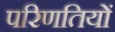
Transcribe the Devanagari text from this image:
परिणतियों